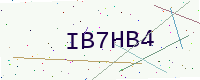
Text: IB7HB4